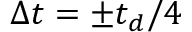
\Delta t = \pm t _ { d } / 4